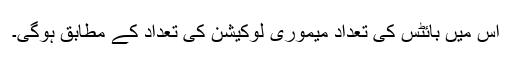
اس میں بائٹس کی تعداد میموری لوکیشن کی تعداد کے مطابق ہوگی۔